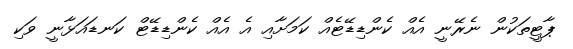
ޕާޓީތަކުން ނެރޭނީ އެއް ކެންޑިޑޭޓެއް ކަމަށާއި އެ އެއް ކެންޑިޑޭޓް ކަނޑައަޅާނީ ވަކި